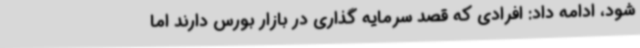
شود، ادامه داد: افرادی که قصد سرمایه گذاری در بازار بورس دارند اما